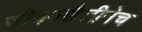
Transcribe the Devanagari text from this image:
जीवनशैलीनेच